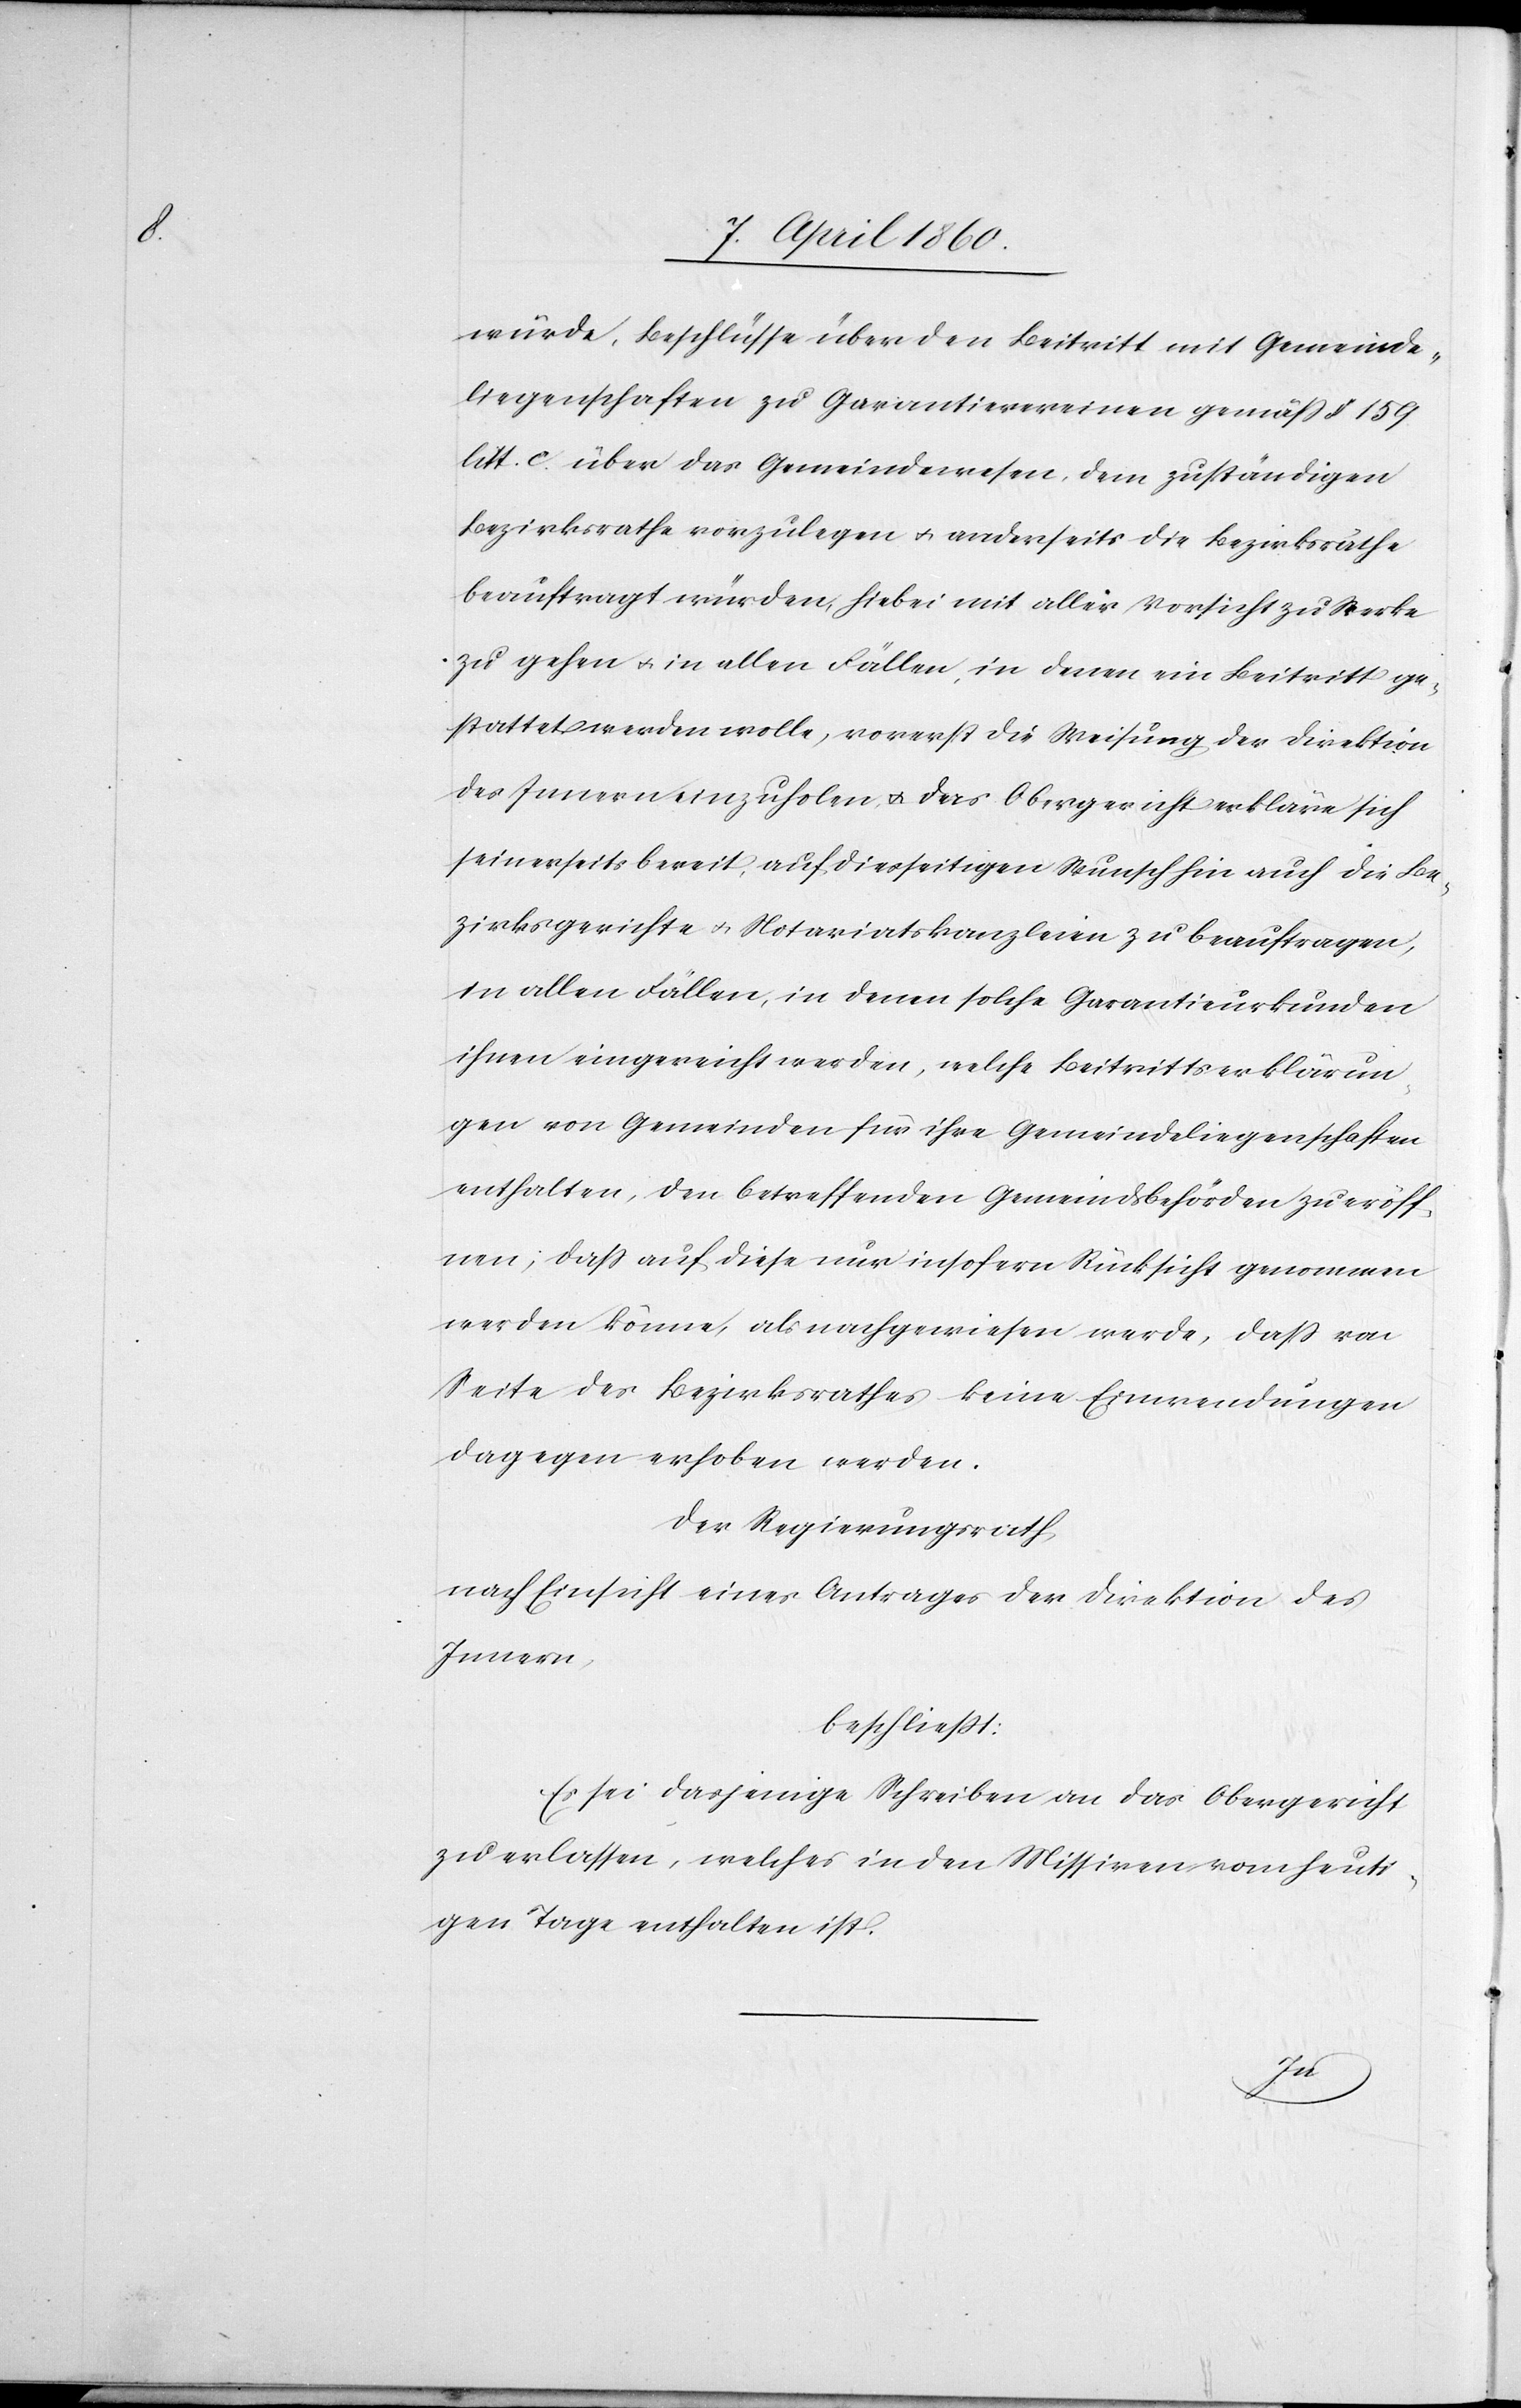
wurde, Beschlüsse über den Beitritt mit Gemeinde¬
liegenschaften zu Garantievereinen gemäss §. 159.
litt. c. über das Gemeindwesen, dem zuständigen
Bezirksrathe vorzulegen u. anderseits die Bezirksräthe
beauftragt würden, hiebei mit aller Vorsicht zu Werke
zu gehen u. in allen Fällen, in denen ein Beitritt ge¬
stattet werden wolle, vorerst die Weisung der Direktion
des Innern einzuholen u. das Obergericht erkläre sich
seinerseits bereit, auf diesseitigen Wunsch hin auch die Be¬
zirksgerichte u. Notariatskanzleien zu beauftragen,
in allen Fällen, in denen solche Garantieurkunden
ihnen eingereicht werden, welche Beitrittserklärun¬
gen von Gemeinden für ihre Gemeindeliegenschaften
enthalten, den betreffenden Gemeindsbehörden zu eröff¬
nen; dass auf diese nur insofern Rücksicht genommen
werden könne, als nachgewiesen werde, dass von
Seite des Bezirksrathes keine Einwendungen
dagegen erhoben werden.
Der Regierungsrath,
nach Einsicht eines Antrages der Direktion des
Innern,
beschliesst:
Es sei dasjenige Schreiben an das Obergericht
zu erlassen, welches in den Missiven vom heuti¬
gen Tage enthalten ist.